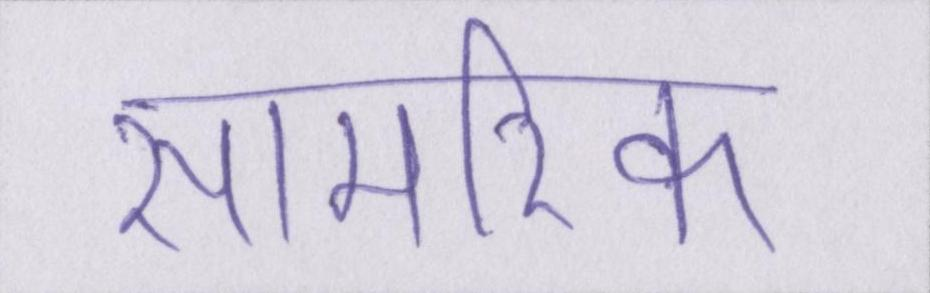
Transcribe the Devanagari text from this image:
सामरिक